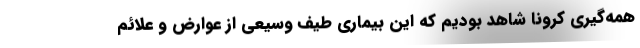
همه‌گیری کرونا شاهد بودیم که این بیماری طیف وسیعی از عوارض و علائم